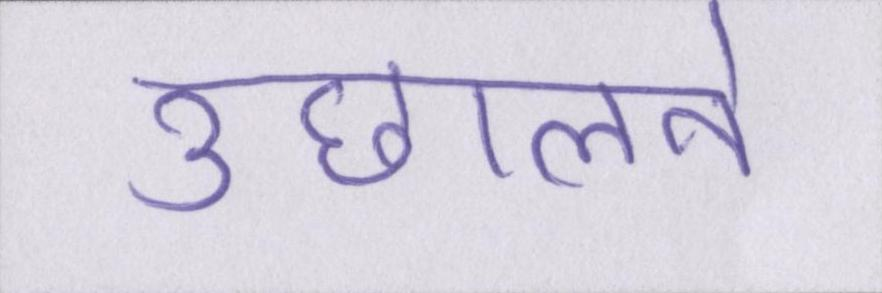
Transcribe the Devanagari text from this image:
उछालने